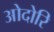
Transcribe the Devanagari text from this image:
ओदोरि